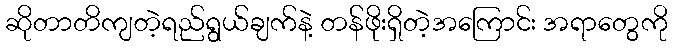
ဆိုတာတိကျတဲ့ရည်ရွယ်ချက်နဲ့ တန်ဖိုးရှိတဲ့အကြောင်း အရာတွေကို